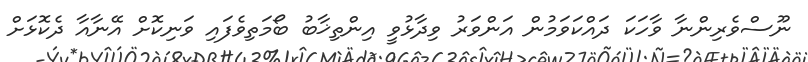
ނޫސްވެރިންނާ ވާހަކަ ދައްކަވަމުން އަންވަރު ވިދާޅުވީ އިންތިޚާބު ބޯމަތިވެފައި ވަނިކޮށް އޭނާއާ ދެކޮޅަށް